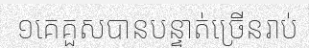
១គេគួសបានបន្ទាត់ច្រើនរាប់